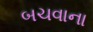
બચવાના